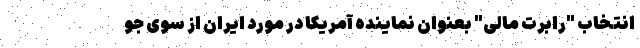
انتخاب "رابرت مالی" بعنوان نماینده آمریکا در مورد ایران از سوی جو